Lunatic asylums Madras 1892-1911 - 1892-1911
Year: 1892
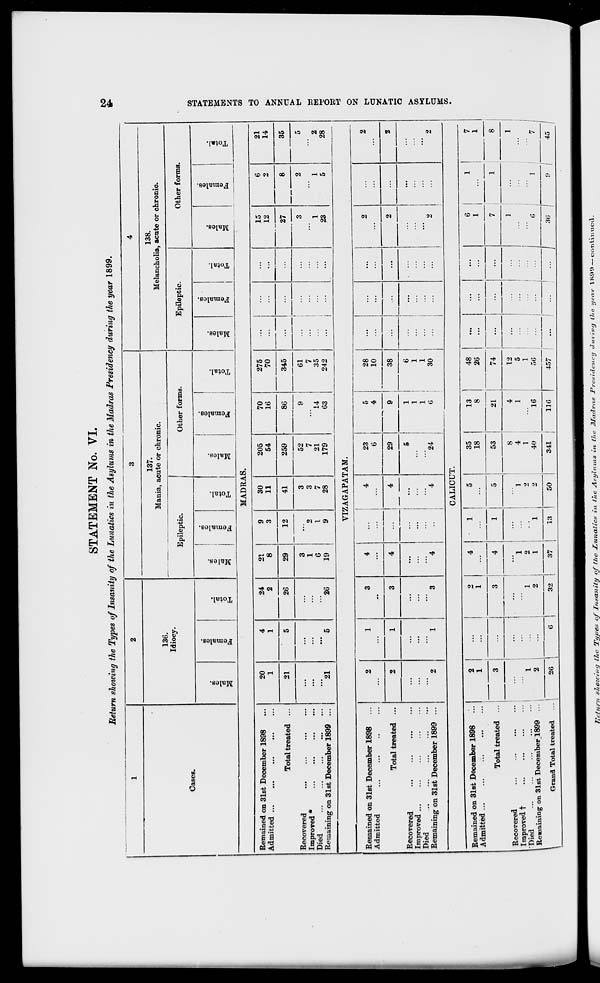
STATEMENT No. VI.
Return showing the Types of Insanity of the Lunatics in the Asylums in the Madras Presidency during the year 1899.
to
1
2
3
4
Cases.
136.
Idiocy.
137.
Mania, acute or chronic.
138.
Melancholia, acute or chronic.
Epileptic.
Other forms.
Epileptic.
Other forms.
to
o
CO
o
s
fo
ci
o
DO
O
5
CO
£
eg
£
fo
3
o
CO
o
Hi
3
CO
Is
a
o
fo
"3
o
CO
7$
CO
9
"3
S
<D
fo
e
1
1
*
to
CO
o
"3
S
CD
fo
"5
o
MADRAS.
Remained on 31st December 1898
Admitted
Total treated ...
Recovered
Improved *
Died
Remaining on 31st December 1899 ...
20
1
4
1
24
2
21
8
9
3
30
11
205
54
70
16
275
70
...
15
12
27
6
2
21
14
21
5
26
29
12
41
259
86
345
8
35
"*21
' 5
26
3
1
6
19
2
I
9
3
3
7
28
52
7
21
179
9
14
63
61
7
35
242
...
...
...
...
3
1
23
2
1
5
5
2
28
VIZAGAPATAM.
Remained on 31st December 1898
Admitted
Total treated ...
Recovered
Improved
Died
Remaining on 31st December 1899 ...
2
1
3
4
...
|
*
23
6
5
4
9
*
28
10
...
...
...
2
2
2
1
3
4
4 *
...
...
...
4
29
38
...
...
2
...
2
2
1
3
*4
5
24
1
1
1
6
6
1
1
30
...
2
2
CALICUT.
Remained on 31st December 1898
Admitted ...
Total treated ...
Recovered
...
...
1 Improved t
Died
1 Remaining on 31st December 1899 ...
2
1
1
4
■ .: i ... 5
35
18
13
8
48
26
...
...
...
6
1
1
...
7
1
3
3
4
i
5
53
21
74
...
...
|
...
7
1
8
•• 1
1
.... 1
::: i :::
::: ; i
"l
2
1
"i
1
2
2
8
4
1
40
4
1
16
12
5
1
50
...
...
]
6
1
1
" 7 1
\
Grand Total treated
26
6 1
32
1
'
37
13
50
341
11G
457
...
1
...
|
...
|
.3<j |
9 \
45
5>
H
55
H3
GO
t-3
O
J>
a
►
w
hi
o
fed
o
f
a
>
M
a
Return allowing iJie Types of Insanity of (ho Lunatics in lite Asylums in Hie Madras Presidency during Uic year 1899 — continued.